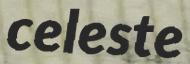
celeste